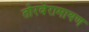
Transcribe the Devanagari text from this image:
तोरवेरामायण